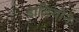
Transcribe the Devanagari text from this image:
ढाडियोंने